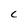
Character: C